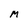
Character: M